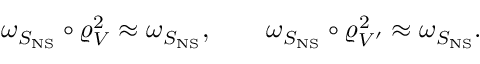
\omega _ { S _ { \mathrm { N S } } } \circ \varrho _ { V } ^ { 2 } \approx \omega _ { S _ { \mathrm { N S } } } , \qquad \omega _ { S _ { \mathrm { N S } } } \circ \varrho _ { V ^ { \prime } } ^ { 2 } \approx \omega _ { S _ { \mathrm { N S } } } .